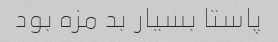
پاستا بسیار بد مزه بود